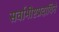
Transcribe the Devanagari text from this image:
सर्वाभीष्टप्रदायिने